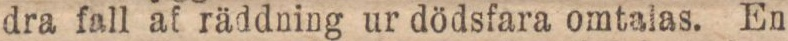
dra fall af räddning ur dödsfara omtalas. En